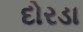
દોરડા